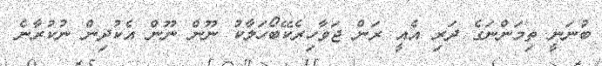
ބުނަނީ ތިމަންނަގެ ދަރި އެއީ ރަން ޖަވާހިރެކޭބޯހަލާކު ނޫން ނޫން އެކުދިން ނުކުރާނެ